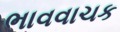
ભાવવાચક